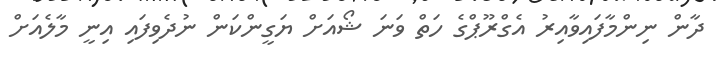
ދާން ނިންމާފައިވާއިރު އެގްރޫޕްގެ ހަތް ވަނަ ޝޯއަށް ޔަގީންކަން ނުދެވިފައި އިނީ މާލެއަށް